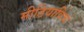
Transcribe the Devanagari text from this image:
मीडियाविच